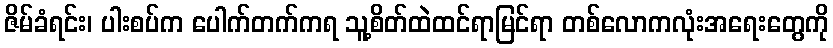
ဇိမ်ခံရင်း၊ ပါးစပ်က ပေါက်တက်ကရ သူ့စိတ်ထဲထင်ရာမြင်ရာ တစ်လောကလုံးအရေးတွေကို